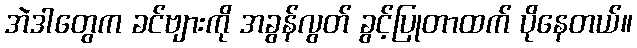
အဲဒါတွေက ခင်ဗျားကို အခွန်လွတ် ခွင့်ပြုတာထက် ပိုနေတယ်။